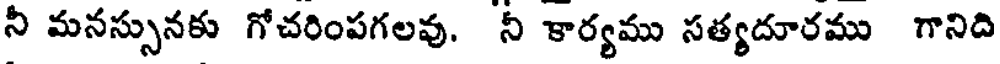
నీ మనస్సునకు గోచరింపగలవు. నీ కార్యము సత్యదూరము గానిది